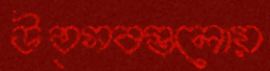
উত্সবগুলোয়